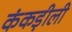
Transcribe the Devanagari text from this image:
कंकड़ीली